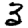
Digit: 3